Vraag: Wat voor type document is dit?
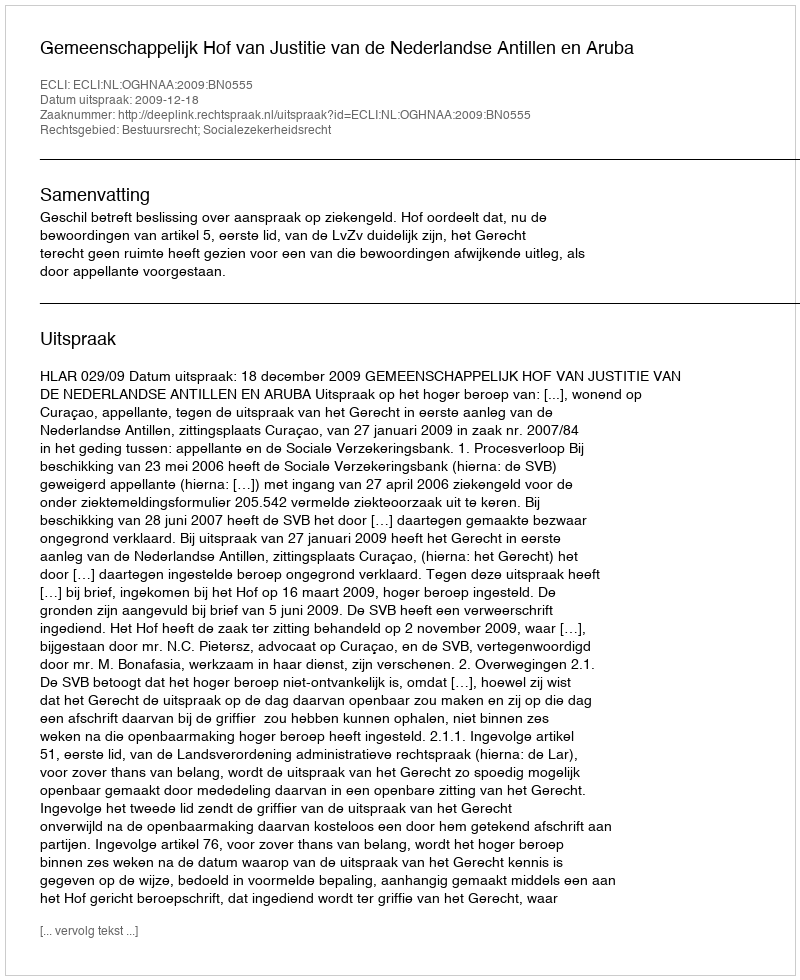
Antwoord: Uitspraak